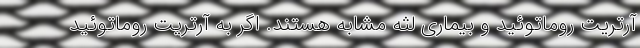
آرتریت روماتوئید و بیماری لثه مشابه هستند. اگر به آرتریت روماتوئید